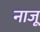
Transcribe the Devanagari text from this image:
नाजू